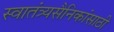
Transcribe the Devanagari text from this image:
स्वातंत्र्यसैनिकांसाठी